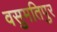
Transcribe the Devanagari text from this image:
वसुमतिपुर